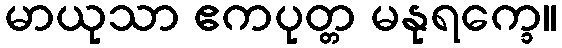
မာယုသာ ဧကပုတ္တ မနုရက္ခေ။